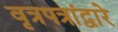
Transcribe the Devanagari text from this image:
वृत्रपत्रांद्वारे